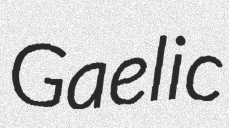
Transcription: Gaelic